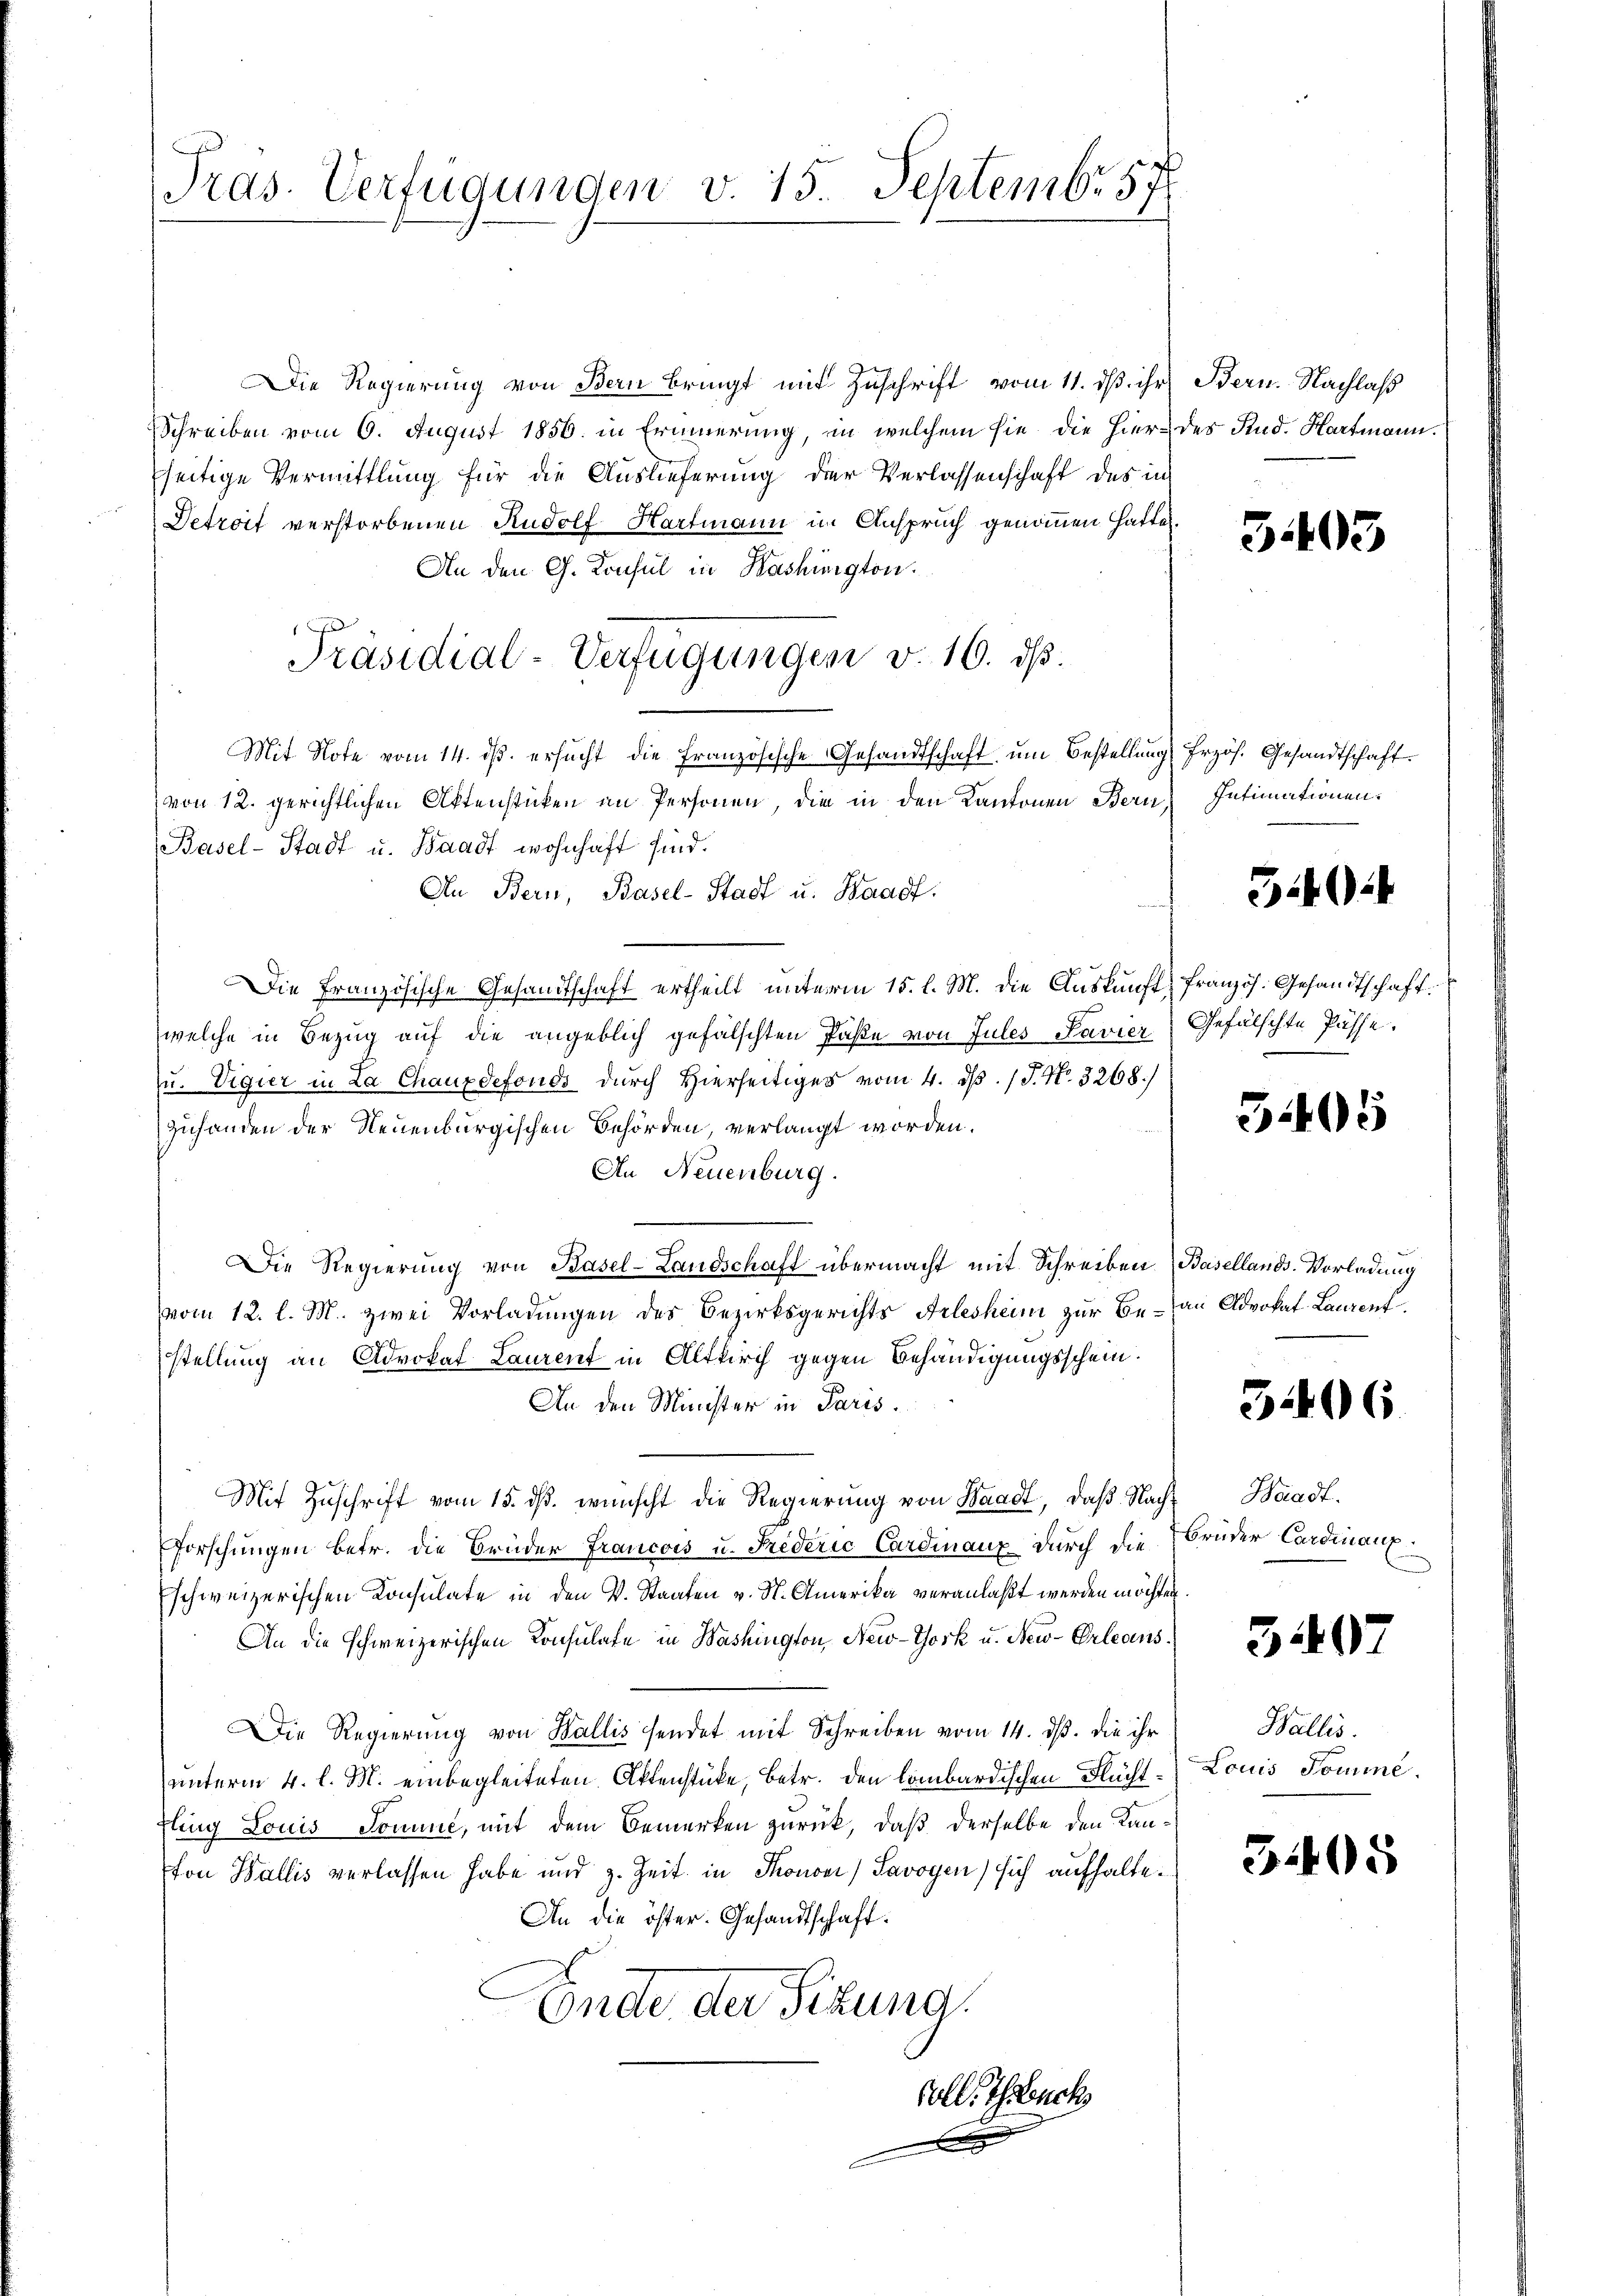
Pras. Verfügunden v. 15 Septembr 57

Die Regierung von Bern bringt mit Zuschrift vom 11. ds. ihr
Schreiben vom 6. August 1856. in Erinnerung, in welchem sie die Hier
seitige Vermittlung für die Auslieferung der Verlassenschaft des in
Detroit verstorbenen Rudolf Hartmann im Anspruch genommen hatte.
An den G. Konsul in Washington.
Mit Note vom 14. dβ. ersŭcht die französische Gesandtschaft um Bestellung frzös. Gesandtschaft.
von 12. gerichtlichen Aktenstücken an Personen, die in den Kantonen Bern,
Basel-Stadt u. Waadt wohnhaft sind.
An Bern, Basel-Stadt u. Baadf.
Die Französische Gesandtschaft ertheilt unterm 15. l. M. die Auskunft
welche in Bezug auf die angeblich gefälschten Paße von Jules Pavier
zu. Vigier in La Chauxdefonds durch Hierseitiges vom 4. d. J. N. 3268/
zuhanden der Neuenburgischen Behörden, verlangt worden.
An Neuenburg.
Die Regierung von Basel-Landschaft übermacht mit Schreiben (Basellands-Vorladung
vom 12. l. M. zwei Vorladungen des Bezirksgerichts Arlesheim zur Be- an Advokat Laurent
stellung an Advokat Laurent in Altkirch gegen Behändigungsschein.
An den Minister in Paris.
Mit Zuschrift vom 15. ds. wünscht die Regierung von Waadt, daß Nachforschungen betr. die Brüder Francois u. Frederić Cardinanz durch die
schweizerischen Consulate in den V. Staaten v. St. Amerika veranlaßt werden möchten
An die schweizerischen Konsulate in Washington New-York u. New-Orleans
Die Regierung von Wallis sendet mit Schreiben vom 14. ds. die ihr
unterm 4. l. M. einbegleiteten Aktenstücke, betr. den lombardischen Nüchtling Louis Jone, mit dem Bemerken zurück, daß derselbe den Kanfon Wallis verlassen habe und z. Zeit in Thronon) Savoyen) sich aufhalte.
An die öster. Gesandtschaft.
Ende der Sekung
Coll. Tuch

Präsidial-Verfügungen v. 16. ds.

Bern. Nachlaß
des Stud. Hartmann.

303

Intimationen.

5024

Französ. Gesandtschaft.
Gefälschte Pässe.

3495

5406

Waadt.
Brüder Cardinanz

340

Wallis.
Louis Tomine.

305